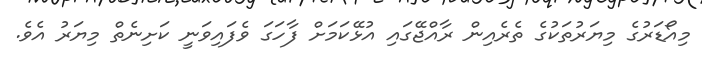
މިއޯޑަރުގެ މިޔަރުތަކުގެ ތެރެއިން ރާއްޖޭގައި އުޅޭކަމަށް ފާހަގަ ވެފައިވަނީ ކަށިނެތް މިޔަރު އެވެ.